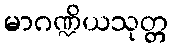
မာဂဏ္ဍိယသုတ္တ